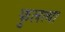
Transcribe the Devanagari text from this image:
फुलत्या